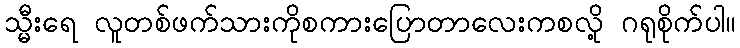
သ္မီးရေ လူတစ်ဖက်သားကိုစကားပြောတာလေးကစလို့ ဂရုစိုက်ပါ။